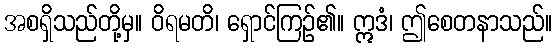
အစရှိသည်တို့မှ။ ဝိရမတိ၊ ရှောင်ကြဉ်၏။ ဣဒံ၊ ဤစေတနာသည်။